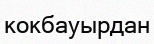
кокбауырдан